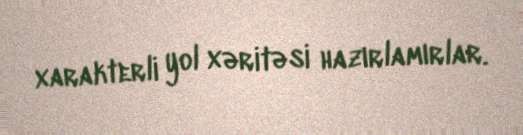
xarakterli yol xəritəsi hazırlamırlar.